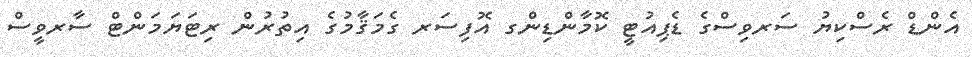
އެންޑް ރެސްކިޔު ސަރވިސްގެ ޑެޕިއުޓީ ކޮމާންޑިންގ އޮފިސަރ ގެމަޤާމުގެ އިތުރުން ރިޓަޔަމަންޓް ސާރވީސް